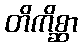
တိကိစ္ဆာ